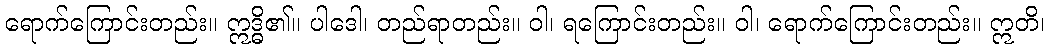
ရောက်ကြောင်းတည်း။ ဣဒ္ဓိ၏။ ပါဒေါ၊ တည်ရာတည်း။ ဝါ၊ ရကြောင်းတည်း။ ဝါ၊ ရောက်ကြောင်းတည်း။ ဣတိ၊